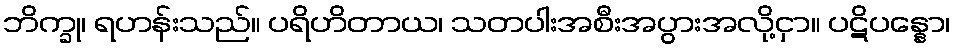
ဘိက္ခု၊ ရဟန်းသည်။ ပရိဟိတာယ၊ သတပါးအစီးအပွားအလို့ငှာ။ ပဋိပန္နော၊